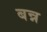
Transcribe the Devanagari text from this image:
बन्न